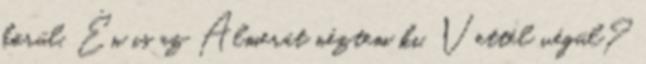
körül. Én is az Almerát néztem ki. Vettél végül?